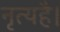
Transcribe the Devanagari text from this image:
नृत्यहै।